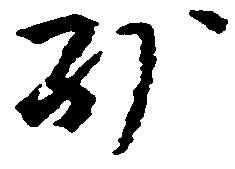
別